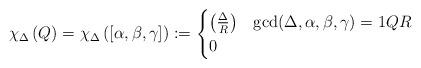
LaTeX: \begin{align*}\chi_\Delta\left(Q\right) =\chi_\Delta\left([\alpha,\beta,\gamma]\right):=\begin{cases}\left(\frac{\Delta}{R}\right)& \operatorname{gcd}(\Delta, \alpha,\beta,\gamma)=1 Q R\\0 &\end{cases}\end{align*}